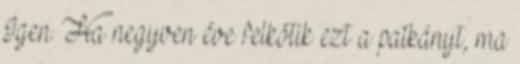
Igen. Ha negyven éve felkötik ezt a patkányt, ma